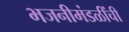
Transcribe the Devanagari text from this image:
भजनीमंडळींची